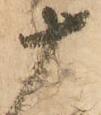
十